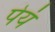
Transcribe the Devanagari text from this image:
पेयं